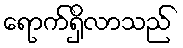
ရောက်ရှိလာသည်